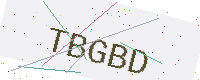
Text: TBGBD